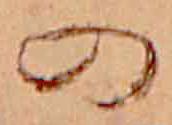
の